Vaccination in Burma 1889-1999 - 1889-1999
Year: 1889
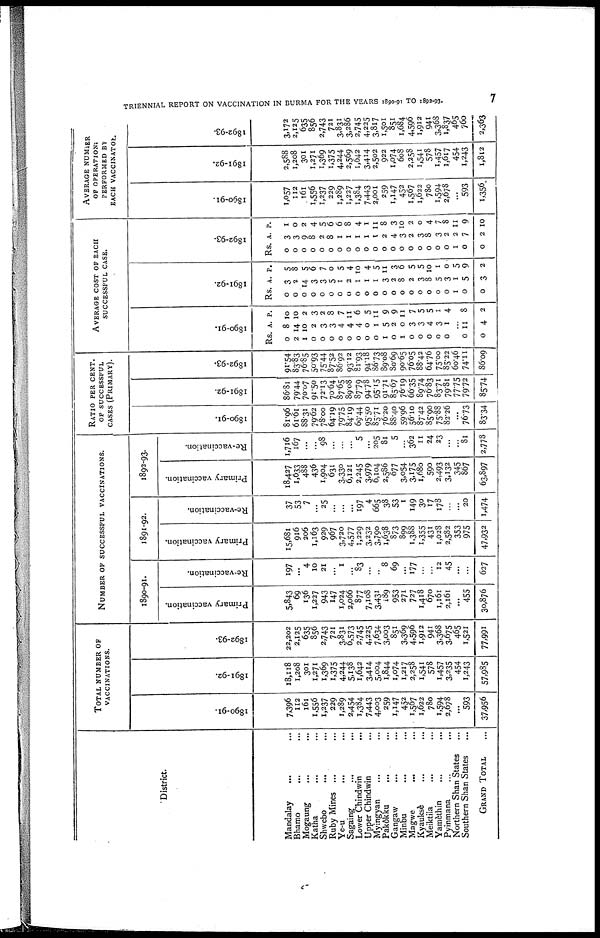
TRIENNIAL REPORT ON VACCINATION IN BURMA FOR THE YEARS 1890-91 TO 1892-93.
7
District.
Mandalay ... ...
Bhamo ... ...
Mogaung ... ...
Katha ... ...
Shwebo ... ...
Ruby Mines ... ...
Ye-u ... ...
Sagaing
...
...
Lower Chindwin ...
Upper Chindwin ...
Myingyan ... ...
Pakôkku ... ...
Gangaw
... ...
Minbu ... ...
Magwe
... ...
Kyauksè ... ...
Meiktila ... ...
Yamèthin ... ...
Pyinmana ... ...
Northern Shan States ...
Southern Shan States ...
GRAND TOTAL ...
TOTAL NUMBER OF
VACCINATIONS.
1890-91.
7,396
112
161
1,556
1,237
229
1,289
2,454
1,384
7,443
4,003
259
1,147
452
1,567
1,622
780
1,594
2,678
...
593
37,956
1891-92.
18,118
1,208
301
1,271
1,369
1,375
4,244
5,138
1,642
3,414
5,004
1,844
1,074
1,217
2,258
1,541
578
1,457
3,235
454
1,243
57,935
1892-93.
22,202
2,125
635
856
2,743
721
3,831
6,573
2,745
4,225
7,634
3,003
851
3,369
4,596
1,912
941
3,368
3,675
465
1,521
77,991
NUMBER OF SUCCESSFUL VACCINATIONS.
1890-91.
Primary vaccination.
5,843
69
136
1,227
943
147
1,024
2,066
877
7,108
3,431
189
953
271
727
1,418
670
1,161
2,161
...
455
30,876
Re-vaccination.
197
...
4
10
21
...
1
...
83
...
...
8
69
...
177
...
...
12
45
...
...
627
1891-92.
Primary vaccination.
15,681
916
206
1,163
929
967
3,720
4,577
1,229
3,232
3,790
1,638
873
899
1,388
1,355
431
1,028
2,582
353
975
47,932
Re-vaccination.
37
53
7
...
25
...
...
...
197
4
665
38
53
1
149
30
17
178
...
...
20
1,474
1892-93.
Primary vaccination.
18,427
1,633
488
436
1,904
631
3,330
6,121
2,245
3,979
6,104
2,586
677
3,054
3,175
1,680
590
2,493
3,132
345
867
63,897
Re-vaccination.
1,716
167
...
...
98
...
...
...
5
...
205
81
5
...
362
11
24
23
...
...
81
2,778
RATIO PER CENT.
OF SUCCESSFUL
CASES (PRIMARY).
1890-91.
81.96
61.61
88.31
79.62
78.00
64.19
79.75
84.19
69.44
95.50
85.71
76.20
88.40
59.96
56.10
87.42
85.90
75.88
82.26
...
76.73
83.34
1891-92.
86.81
79.44
70.07
91.50
72.13
70.64
87.65
89.08
87.79
94.78
95.15
91.71
85.67
76.19
66.35
89.74
76.83
83.71
79.81
77.75
79.72
85.74
1892-93.
91.54
83.83
76.85
50.93
75.44
87.52
86.92
93.12
81.93
94.18
86.73
89.08
80.69
90.65
76.05
88.42
64.76
75.00
85.22
60.46
74.11
86.09
AVERAGE COST OF EACH
SUCCESSFUL CASE.
1890-91.
Rs
0
2
1
0
0
0
0
0
0
0
0
1
0
1
0
0
0
0
0
A.
8
14
10
2
3
3
4
4
4
0
1
5
2
0
3
3
4
3
1
P.
10
10
2
3
2
8
7
11
6
5
11
9
9
11
7
5
5
1
4
...
0
0
11
4
8
2
1891-92.
Rs
0
0
0
0
0
0
0
0
0
0
0
0
0
0
0
0
0
0
0
1
0
0
. A.
3
2
14
3
3
5
1
2
1
1
1
3
2
8
2
3
8
5
3
1
5
3
P.
5
8
5
6
7
0
5
4
10
4
5
11
3
6
5
5
10
1
0
5
9
2
1892-93.
Rs.
0
0
0
0
0
0
0
0
0
0
0
0
0
0
0
0
0
0
0
1
0
0
A.
3
3
9
8
2
8
1
1
1
1
1
2
4
3
2
3
8
3
2
2
7
2
P.
1
0
2
4
5
6
6
8
4
1
11
8
3
10
2
0
4
7
8
11
9
10
AVERAGE NUMBER
OF OPERATIONS
PERFORMED BY
EACH VACCINATOR.
1890-91.
1,057
112
161
1,556
1,237
229
1,289
1,227
1,384
7,443
2,001
259
1,147
452
1,567
1,622
780
1,594
2,678
...
593
1,356
1891-92.
2,588
1,208
301
1,271
1,369
1,375
4,244
2,569
1,642
3,414
2,502
922
1,074
608
2,258
1,541
578
1,457
1,617
454
1,243
1,812
1892-93.
3,172
2,125
635
856
2,743
721
3,831
3,286
2,745
4,225
3,817
1,501
851
1,684
4,596
1,912
941
3,368
1,837
465
760
2,363